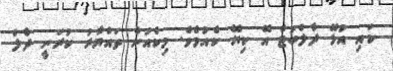
ކައި އުޅޭ ދާލްބަޓް އޭ ކިޔޭ ކެއުމެވެ. މިކެއުން ތައްޔާރު ކުރަނީ ދާލް